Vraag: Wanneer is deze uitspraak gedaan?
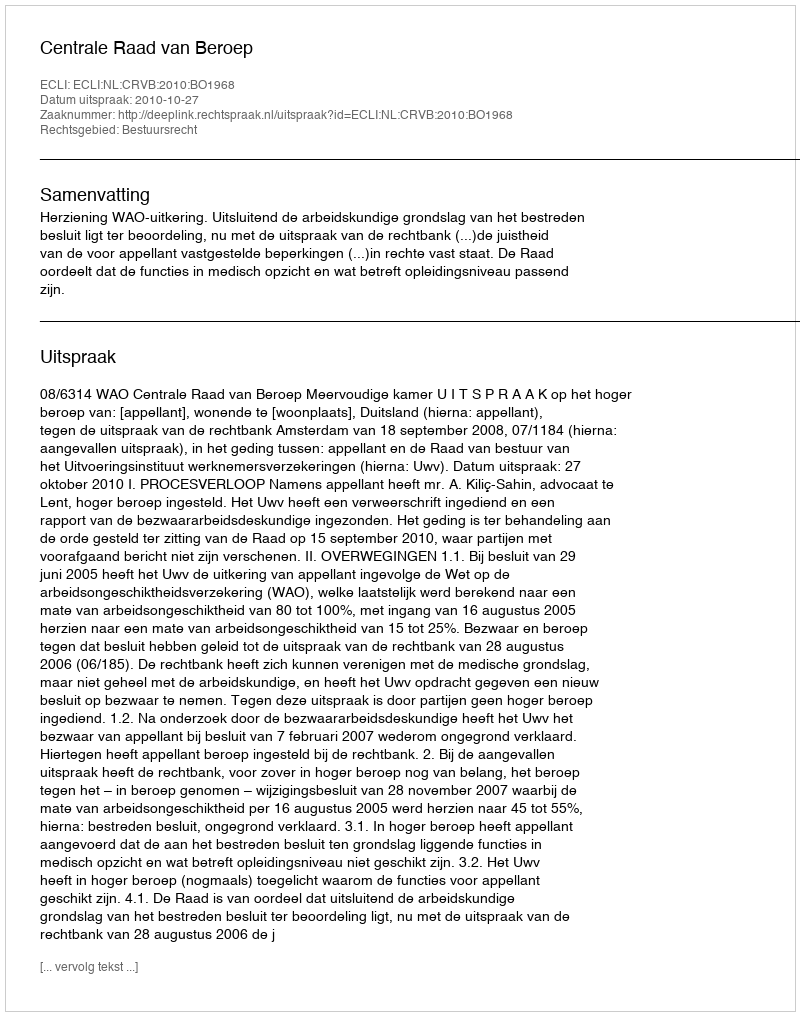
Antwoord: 2010-10-27